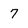
Character: 7